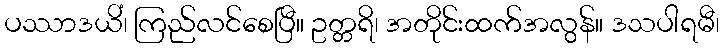
ပဿာဒယိံ၊ ကြည်လင်စေပြီ။ ဥတ္တရိ၊ အတိုင်းထက်အလွန်။ ဒသပါရမီ၊